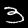
Label: 3